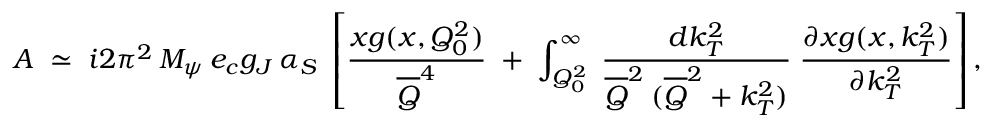
A \; \simeq \; i 2 \pi ^ { 2 } \: M _ { \psi } \: e _ { c } g _ { J } \: \alpha _ { S } \; \left[ \frac { x g ( x , Q _ { 0 } ^ { 2 } ) } { \overline { { { Q } } } ^ { 4 } } \; + \; \int _ { Q _ { 0 } ^ { 2 } } ^ { \infty } \; \frac { d k _ { T } ^ { 2 } } { \overline { { { Q } } } ^ { 2 } \: ( \overline { { { Q } } } ^ { 2 } + k _ { T } ^ { 2 } ) } \; \frac { \partial x g ( x , k _ { T } ^ { 2 } ) } { \partial k _ { T } ^ { 2 } } \right] ,